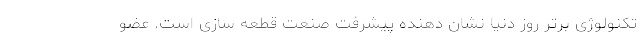
تکنولوژی برتر روز دنیا نشان دهنده پیشرفت صنعت قطعه سازی است. عضو